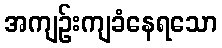
အကျဉ်းကျခံနေရသော